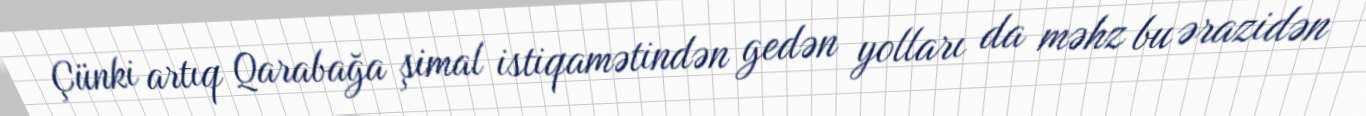
Çünki artıq Qarabağa şimal istiqamətindən gedən yolları da məhz bu ərazidən